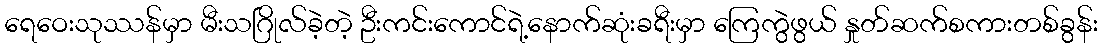
ရေဝေးသုဿန်မှာ မီးသဂြိုလ်ခဲ့တဲ့ ဦးကင်းကောင်ရဲ့နောက်ဆုံးခရီးမှာ ကြေကွဲဖွယ် နှုတ်ဆက်စကားတစ်ခွန်း